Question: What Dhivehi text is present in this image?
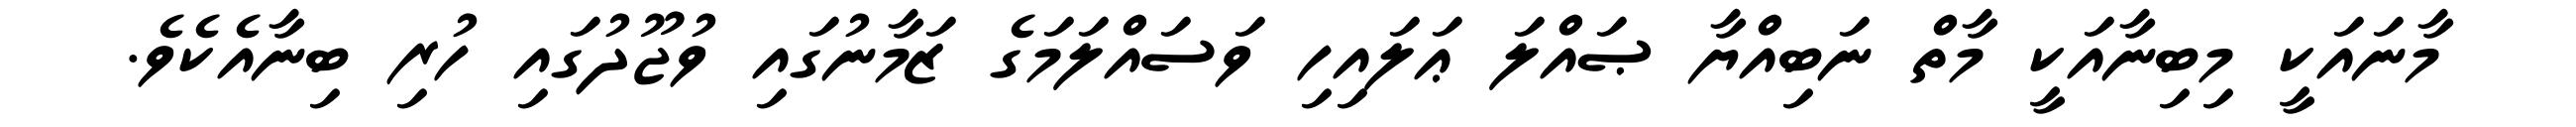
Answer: މާނައަކީ މިބިނާއަކީ މާތް ނަބިއްޔާ ޞައްލަ ޢަލައިހި ވަސައްލަމަގެ ޒަމާނުގައި ވުޖޫދުގައި ހުރި ބިނާއެކެވެ.